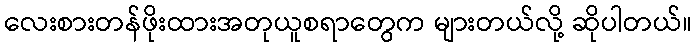
လေးစားတန်ဖိုးထားအတုယူစရာတွေက များတယ်လို့ ဆိုပါတယ်။